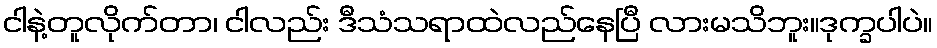
ငါနဲ့တူလိုက်တာ၊ ငါလည်း ဒီသံသရာထဲလည်နေပြီ လားမသိဘူး။ဒုက္ခပါပဲ။